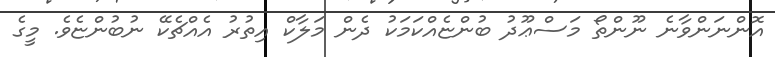
އޮންނަންވާނެ ނޫންތޯ މަސްޢޫދު ބުންޏެއްކަމަކު ދެން މަލާކް އިތުރު އެއްޗެކޭ ނުބުންޏެވެ. މީގެ